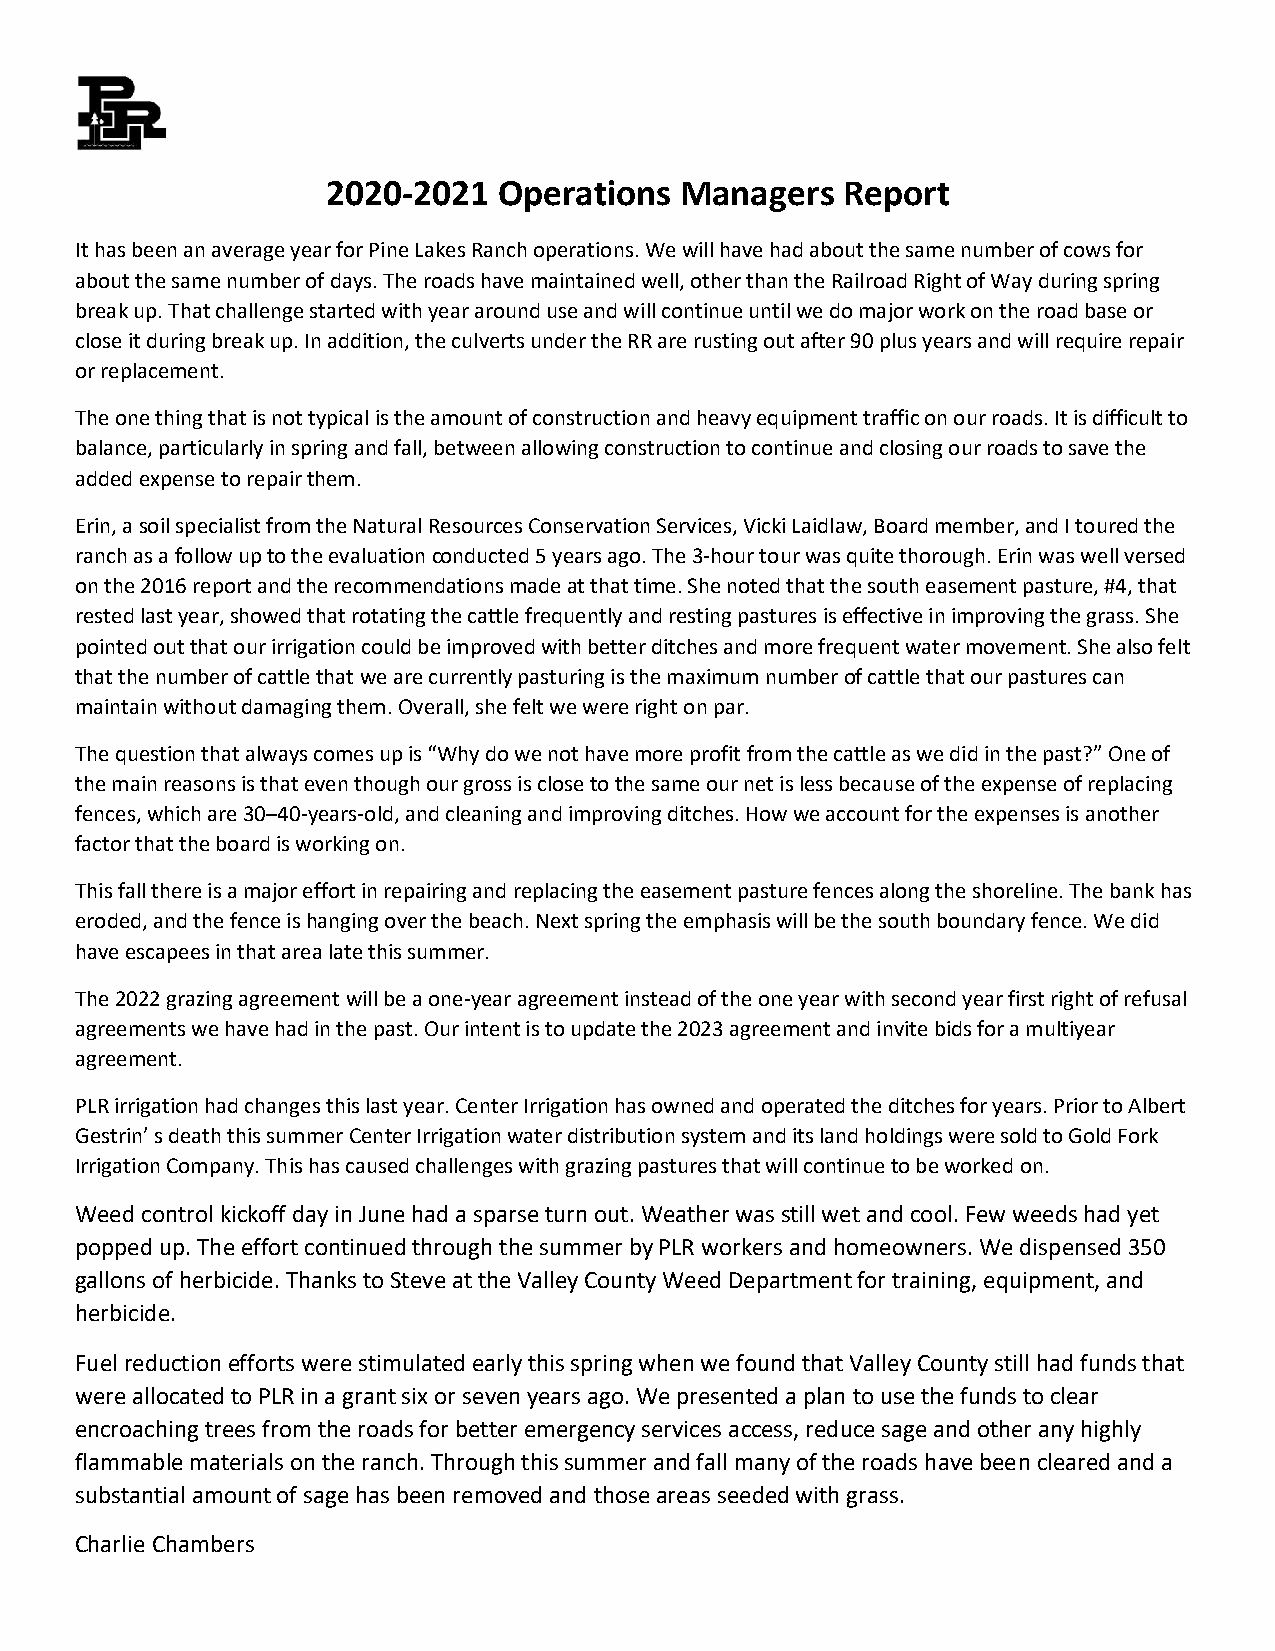
2020-2021  Operations  Managers   Report
 It has been an average year for Pine Lakes Ranch operations. We will have had about the same number of cows for
 about the same number of days. The roads have maintained well, other than the Railroad Right of Way during spring
 break up. That challenge started with year around use and will continue until we do major work on the road base or
 close it during break up. In addition, the culverts under the RR are rusting out after 90 plus years and will require repair
 or replacement.
 The one thing that is not typical is the amount of construction and heavy equipment traffic on our roads. It is difficult to
 balance, particularly in spring and fall, between allowing construction to continue and closing our roads to save the
 added expense to repair them.
 Erin, a soil specialist from the Natural Resources Conservation Services, Vicki Laidlaw, Board member, and I toured the
 ranch as a follow up to the evaluation conducted 5 years ago. The 3-hour tour was quite thorough. Erin was well versed
 on the 2016 report and the recommendations made at that time. She noted that the south easement pasture, #4, that
 rested last year, showed that rotating the cattle frequently and resting pastures is effective in improving the grass. She
 pointed out that our irrigation could be improved with better ditches and more frequent water movement. She also felt
 that the number of cattle that we are currently pasturing is the maximum number of cattle that our pastures can
 maintain without damaging them. Overall, she felt we were right on par.
 The question that always comes up is “Why do we not have more profit from the cattle as we did in the past?” One of
 the main reasons is that even though our gross is close to the same our net is less because of the expense of replacing
 fences, which are 30–40-years-old, and cleaning and improving ditches. How we account for the expenses is another
 factor that the board is working on.
 This fall there is a major effort in repairing and replacing the easement pasture fences along the shoreline. The bank has
 eroded, and the fence is hanging over the beach. Next spring the emphasis will be the south boundary fence. We did
 have escapees in that area late this summer.
 The 2022 grazing agreement will be a one-year agreement instead of the one year with second year first right of refusal
 agreements we have had in the past. Our intent is to update the 2023 agreement and invite bids for a multiyear
 agreement.
 PLR irrigation had changes this last year. Center Irrigation has owned and operated the ditches for years. Prior to Albert
 Gestrin’ s death this summer Center Irrigation water distribution system and its land holdings were sold to Gold Fork
 Irrigation Company. This has caused challenges with grazing pastures that will continue to be worked on.
 Weed control kickoff day in June had a sparse turn out. Weather was still wet and cool. Few weeds had yet
 popped up. The effort continued through the summer by PLR workers and homeowners. We dispensed 350
 gallons of herbicide. Thanks to Steve at the Valley County Weed Department for training, equipment, and
 herbicide.
 Fuel reduction efforts were stimulated early this spring when we found that Valley County still had funds that
 were allocated to PLR in a grant six or seven years ago. We presented a plan to use the funds to clear
 encroaching trees from the roads for better emergency services access, reduce sage and other any highly
 flammable materials on the ranch. Through this summer and fall many of the roads have been cleared and a
 substantial amount of sage has been removed and those areas seeded with grass.
 Charlie Chambers